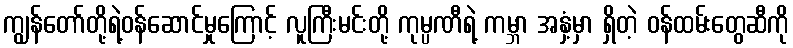
ကျွန်တော်တို့ရဲ့ဝန်ဆောင်မှုကြောင့် လူကြီးမင်းတို့ ကုမ္ပဏီရဲ့ ကမ္ဘာ အနှံ့မှာ ရှိတဲ့ ဝန်ထမ်းတွေဆီကို